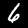
Label: 6